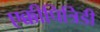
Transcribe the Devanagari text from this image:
एक्कीपित्रिडी